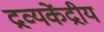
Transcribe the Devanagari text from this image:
द्रव्यकेंद्रीय